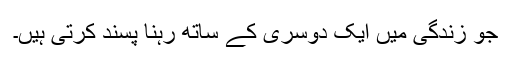
جو زندگی میں ایک دوسری کے ساتھ رہنا پسند کرتی ہیں۔